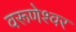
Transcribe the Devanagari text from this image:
वरूणेश्वर